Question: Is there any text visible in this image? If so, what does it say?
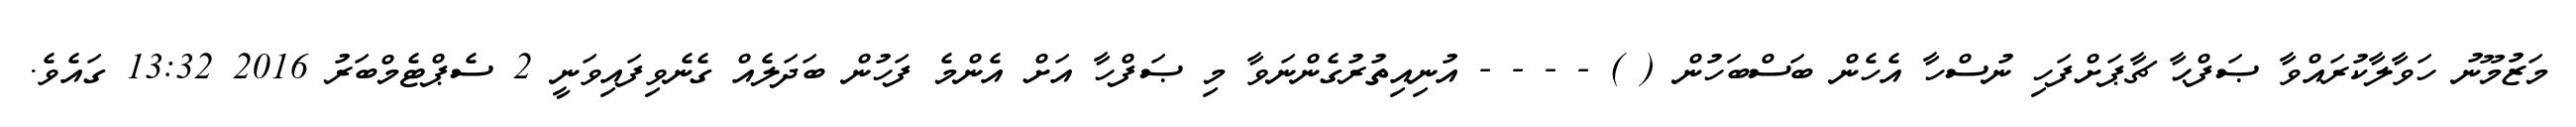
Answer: މަޒުމޫނު ހަވާލާކުރައްވާ ޞަފްޙާ ޗާޕަށްފަހި ނުސްހާ އެހެން ބަސްބަހުން ( ) - - - - އުނިއިތުރުގެންނަވާ މި ޞަފްހާ އަށް އެންމެ ފަހުން ބަދަލެއް ގެނެވިފައިވަނީ 2 ސެޕްޓެމްބަރު 2016 13:32 ގައެވެ.